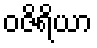
ဝဇိရိယာ